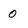
Character: 0